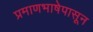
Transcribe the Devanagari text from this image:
प्रमाणभाषेपासून